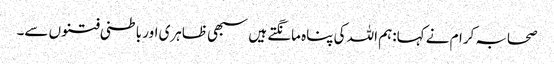
صحابہ کرام نے کہا:ہم اللہ کی پناہ مانگتے ہیں سبھی ظاہری اور باطنی فتنوں سے۔